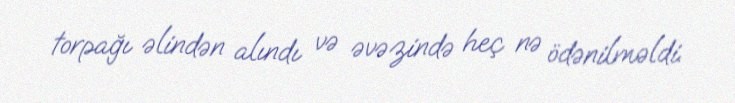
torpağı əlindən alındı və əvəzində heç nə ödənilməldi.